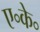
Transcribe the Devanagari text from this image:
ए॰के॰